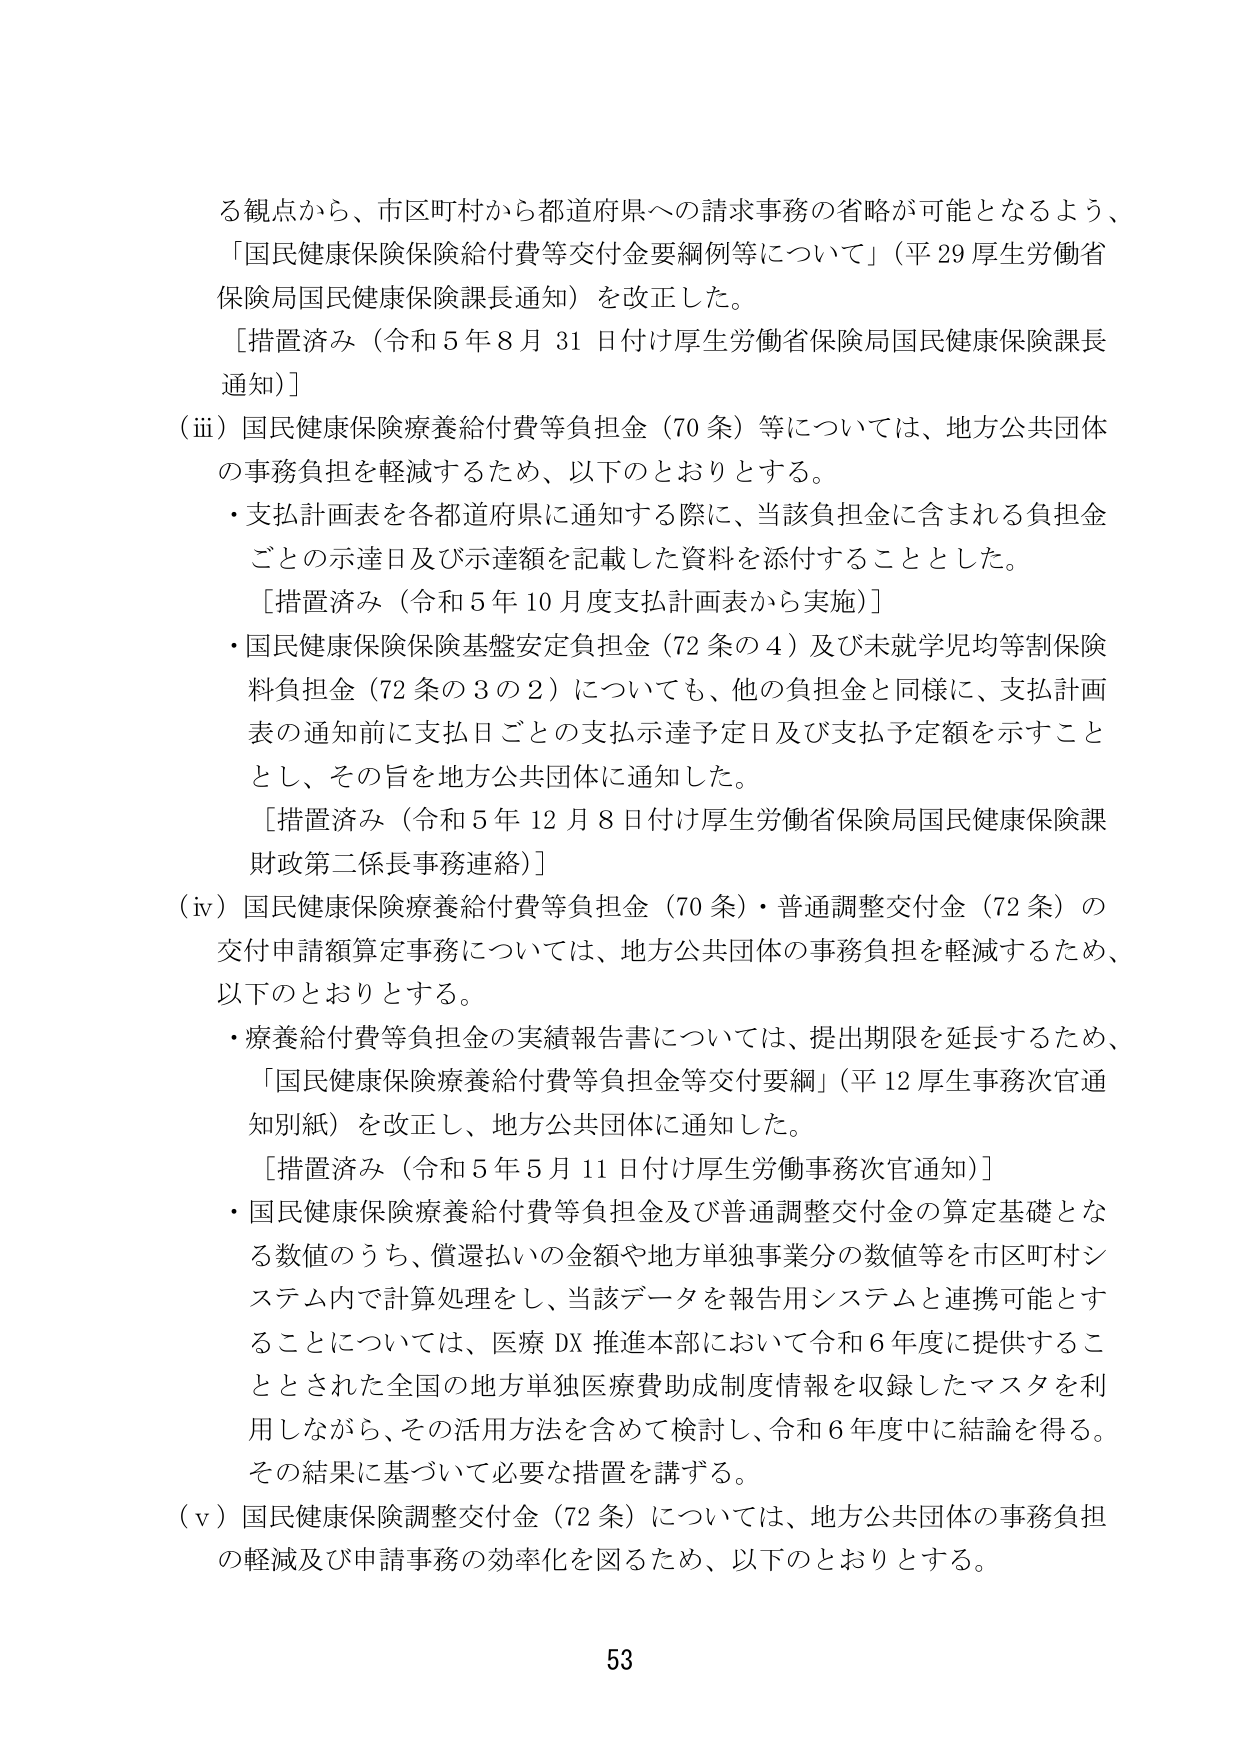
る観点から、市区町村から都道府県への請求事務の省略が可能となるよう、
「国民健康保険保険給付費等交付金要綱例等について」（平29厚生労働省保険局国民健康保険課長通知）を改正した。
［措置済み（令和5年8月31日付け厚生労働省保険局国民健康保険課長通知）］
（iii）国民健康保険療養給付費等負担金（70条）等については、地方公共団体の事務負担を軽減するため、以下のとおりとする。
・支払計画表を各都道府県に通知する際に、当該負担金に含まれる負担金ごとの示達日及び示達額を記載した資料を添付することとした。
［措置済み（令和5年10月度支払計画表から実施）］
・国民健康保険保険基盤安定負担金（72条の4）及び未就学児均等割保険料負担金（72条の3の2）についても、他の負担金と同様に、支払計画表の通知前に支払日ごとの支払示達予定日及び支払予定額を示すこととし、その旨を地方公共団体に通知した。
［措置済み（令和5年12月8日付け厚生労働省保険局国民健康保険課財政第二係長事務連絡）］
（iv）国民健康保険療養給付費等負担金（70条）・普通調整交付金（72条）の交付申請額算定事務については、地方公共団体の事務負担を軽減するため、以下のとおりとする。
・療養給付費等負担金の実績報告書については、提出期限を延長するため、「国民健康保険療養給付費等負担金等交付要綱」（平12厚生事務次官通知別紙）を改正し、地方公共団体に通知した。
［措置済み（令和5年5月11日付け厚生労働事務次官通知）］
・国民健康保険療養給付費等負担金及び普通調整交付金の算定基礎となる数値のうち、償還払いの金額や地方単独事業分の数値等を市区町村システム内で計算処理をし、当該データを報告用システムと連携可能とすることについては、医療DX推進本部において令和6年度に提供することとされた全国の地方単独医療費助成制度情報を収録したマスタを利用しながら、その活用方法を含めて検討し、令和6年度中に結論を得る。その結果に基づいて必要な措置を講ずる。
（v）国民健康保険調整交付金（72条）については、地方公共団体の事務負担の軽減及び申請事務の効率化を図るため、以下のとおりとする。
53